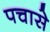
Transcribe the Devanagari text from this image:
पचासे